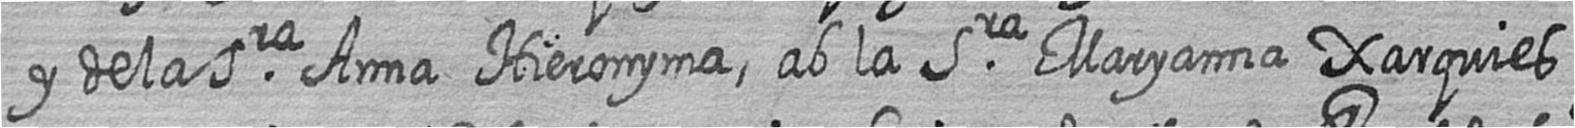
y de la Sra Anna Hieronyma ab la Sra Maryanna Xarquies